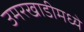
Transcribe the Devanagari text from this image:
उमरखाडीमध्ये